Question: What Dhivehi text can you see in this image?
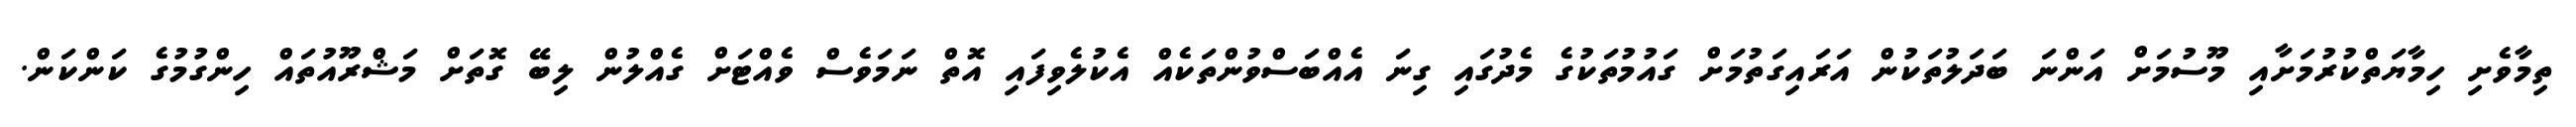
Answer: ތިމާވެށި ހިމާޔަތްކުރުމަށާއި މޫސުމަށް އަންނަ ބަދަލުތަކުން އަރައިގަތުމަށް ގައުމުތަކުގެ މެދުގައި ގިނަ އެއްބަސްވުންތަކެއް އެކުލެވިފައި އޮތް ނަމަވެސް ވެއްޓަށް ގެއްލުން ލިބޭ ގޮތަށް މަޝްރޫއުތައް ހިންގުމުގެ ކަންކަން.